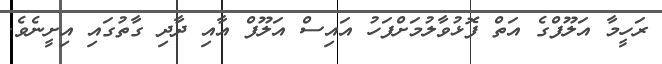
ރަހީމާ އަލޫފްގެ އަތް ފޮޅުވާލުމަށްފަހު އައިސް އަލޫފް އާއި ދާދި ގާތުގައި އިށީނެވެ.